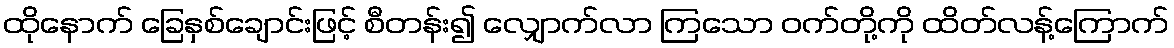
ထိုနောက် ခြေနှစ်ချောင်းဖြင့် စီတန်း၍ လျှောက်လာ ကြသော ဝက်တို့ကို ထိတ်လန့်ကြောက်